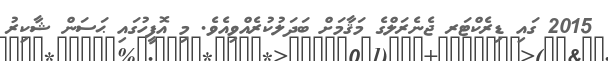
2015 ގައި ޑިރެކްޓަރ ޖެނެރަލްގެ މަޤާމަށް ބަދަލުކުރެއްވިއެވެ. މި އޮފީހުގައި ޙަސަން ޝާކިރު